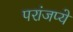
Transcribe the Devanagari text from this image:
परांजप्ये